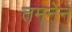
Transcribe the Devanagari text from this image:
तमनेन